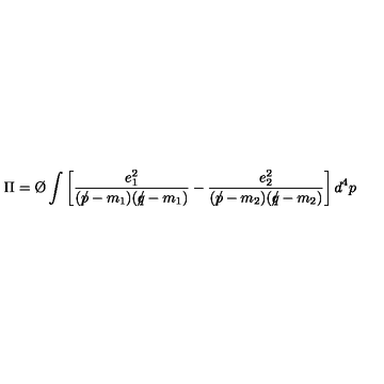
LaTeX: \Pi = \mathrm { \O } \int \left[ { \frac { e _ { 1 } ^ { 2 } } { ( p \! \! \! / - m _ { 1 } ) ( q \! \! \! / - m _ { 1 } ) } } - { \frac { e _ { 2 } ^ { 2 } } { ( p \! \! \! / - m _ { 2 } ) ( q \! \! \! / - m _ { 2 } ) } } \right] d ^ { 4 } p